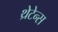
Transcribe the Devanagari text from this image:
थ्रेटेन्स